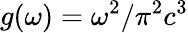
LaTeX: g(\omega)=\omega^{2}/\pi^{2}c^{3}